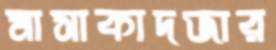
মাসাকাদজার